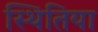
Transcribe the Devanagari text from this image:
स्थितिया